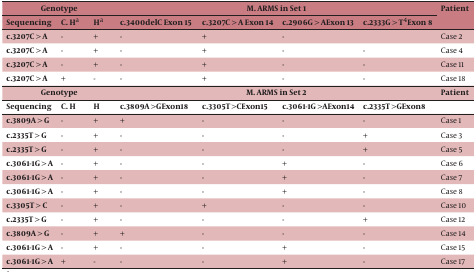
<table><thead><tr><td colspan="3"><b>Genotype</b></td><td colspan="4"><b>M.ARMS in Set 1</b></td><td rowspan="2"><b>Patient</b></td></tr><tr><td><b>Sequencing</b></td><td><b>C.H<sup>a</sup></b></td><td><b>H<sup>a</sup></b></td><td><b>c.3400delC Exon 15</b></td><td><b>c.3207C &gt; A Exon 14</b></td><td><b>c.2906G &gt; AExon 13</b></td><td><b>c.2333G &gt; T<sup>4</sup>Exon 8</b></td></tr></thead><tbody><tr><td><b>c.3207C &gt; A</b></td><td>-</td><td>+</td><td>-</td><td>+</td><td>-</td><td>[EMPTY_CELL]</td><td>Case 2</td></tr><tr><td><b>c.3207C &gt; A</b></td><td>-</td><td>+</td><td>-</td><td>+</td><td>-</td><td>-</td><td>Case 4</td></tr><tr><td><b>c.3207C &gt; A</b></td><td>-</td><td>+</td><td>-</td><td>+</td><td>-</td><td>-</td><td>Case 11</td></tr><tr><td><b>c.3207C &gt; A</b></td><td>+</td><td>-</td><td>-</td><td>+</td><td>-</td><td>-</td><td>Case 18</td></tr><tr><td colspan="3"><b>Genotype</b></td><td colspan="4"><b>M.ARMS in Set 2</b></td><td><b>Patient</b></td></tr><tr><td><b>Sequencing</b></td><td><b>C. H</b></td><td><b>H </b></td><td><b>c.3809A &gt; </b><b>GExon18</b></td><td><b>c.3305T &gt; </b><b>CExon15</b></td><td><b>c.3061-1G &gt; </b><b>AExon14</b></td><td><b>c.2335T &gt; </b><b>GExon8</b></td><td>[EMPTY_CELL]</td></tr><tr><td><b>c.3809A &gt; G</b></td><td>-</td><td>+</td><td>+</td><td>-</td><td>-</td><td>-</td><td>Case 1</td></tr><tr><td><b>c.2335T &gt; G</b></td><td>-</td><td>+</td><td>-</td><td>-</td><td>-</td><td>+</td><td>Case 3</td></tr><tr><td><b>c.2335T &gt; G</b></td><td>-</td><td>+</td><td>-</td><td>-</td><td>-</td><td>+</td><td>Case 5</td></tr><tr><td><b>c.3061-1G &gt; A</b></td><td>-</td><td>+</td><td>-</td><td>-</td><td>+</td><td>-</td><td>Case 6</td></tr><tr><td><b>c.3061-1G &gt; A</b></td><td>-</td><td>+</td><td>-</td><td>-</td><td>+</td><td>-</td><td>Case 7</td></tr><tr><td><b>c.3061-1G &gt; A</b></td><td>-</td><td>+</td><td>-</td><td>-</td><td>+</td><td>-</td><td>Case 8</td></tr><tr><td><b>c.3305T &gt; C</b></td><td>-</td><td>+</td><td>-</td><td>+</td><td>-</td><td>-</td><td>Case 10</td></tr><tr><td><b>c.2335T &gt; G</b></td><td>-</td><td>+</td><td>-</td><td>-</td><td>-</td><td>+</td><td>Case 12</td></tr><tr><td><b>c.3809A &gt; G</b></td><td>-</td><td>+</td><td>+</td><td>-</td><td>-</td><td>-</td><td>Case 14</td></tr><tr><td><b>c.3061-1G &gt; A</b></td><td>-</td><td>+</td><td>-</td><td>-</td><td>+</td><td>-</td><td>Case 15</td></tr><tr><td><b>c.3061-1G &gt; A</b></td><td>+</td><td>-</td><td>-</td><td>-</td><td>+</td><td>-</td><td>Case 17</td></tr></tbody></table>